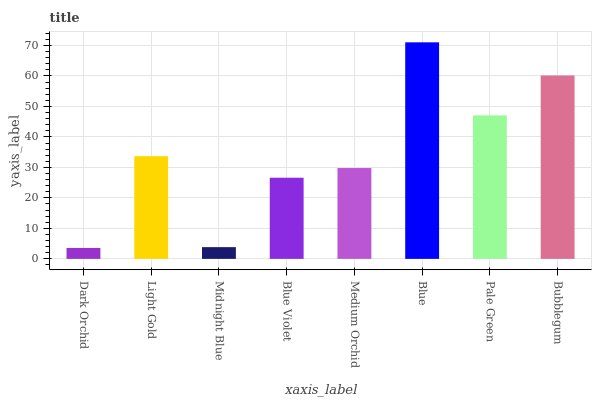
| xaxis_label | bars |
 | --- | --- |
 | Dark Orchid | 3.58 |
 | Light Gold | 33.7 |
 | Midnight Blue | 3.85 |
 | Blue Violet | 26.6 |
 | Medium Orchid | 29.8 |
 | Blue | 71 |
 | Pale Green | 47.1 |
 | Bubblegum | 60.2 |